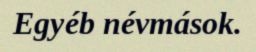
Egyéb névmások.